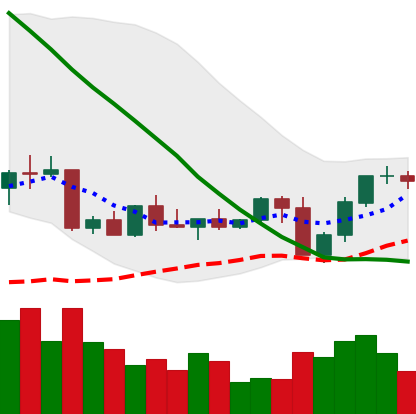
Ticker: NEO-USD
Chart end date: 2022-09-11
Forward return: -8.205%
Label: down_7plus